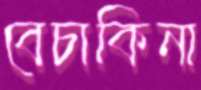
বেচাকিনা